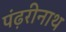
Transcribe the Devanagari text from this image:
पंढ़रीनाथ